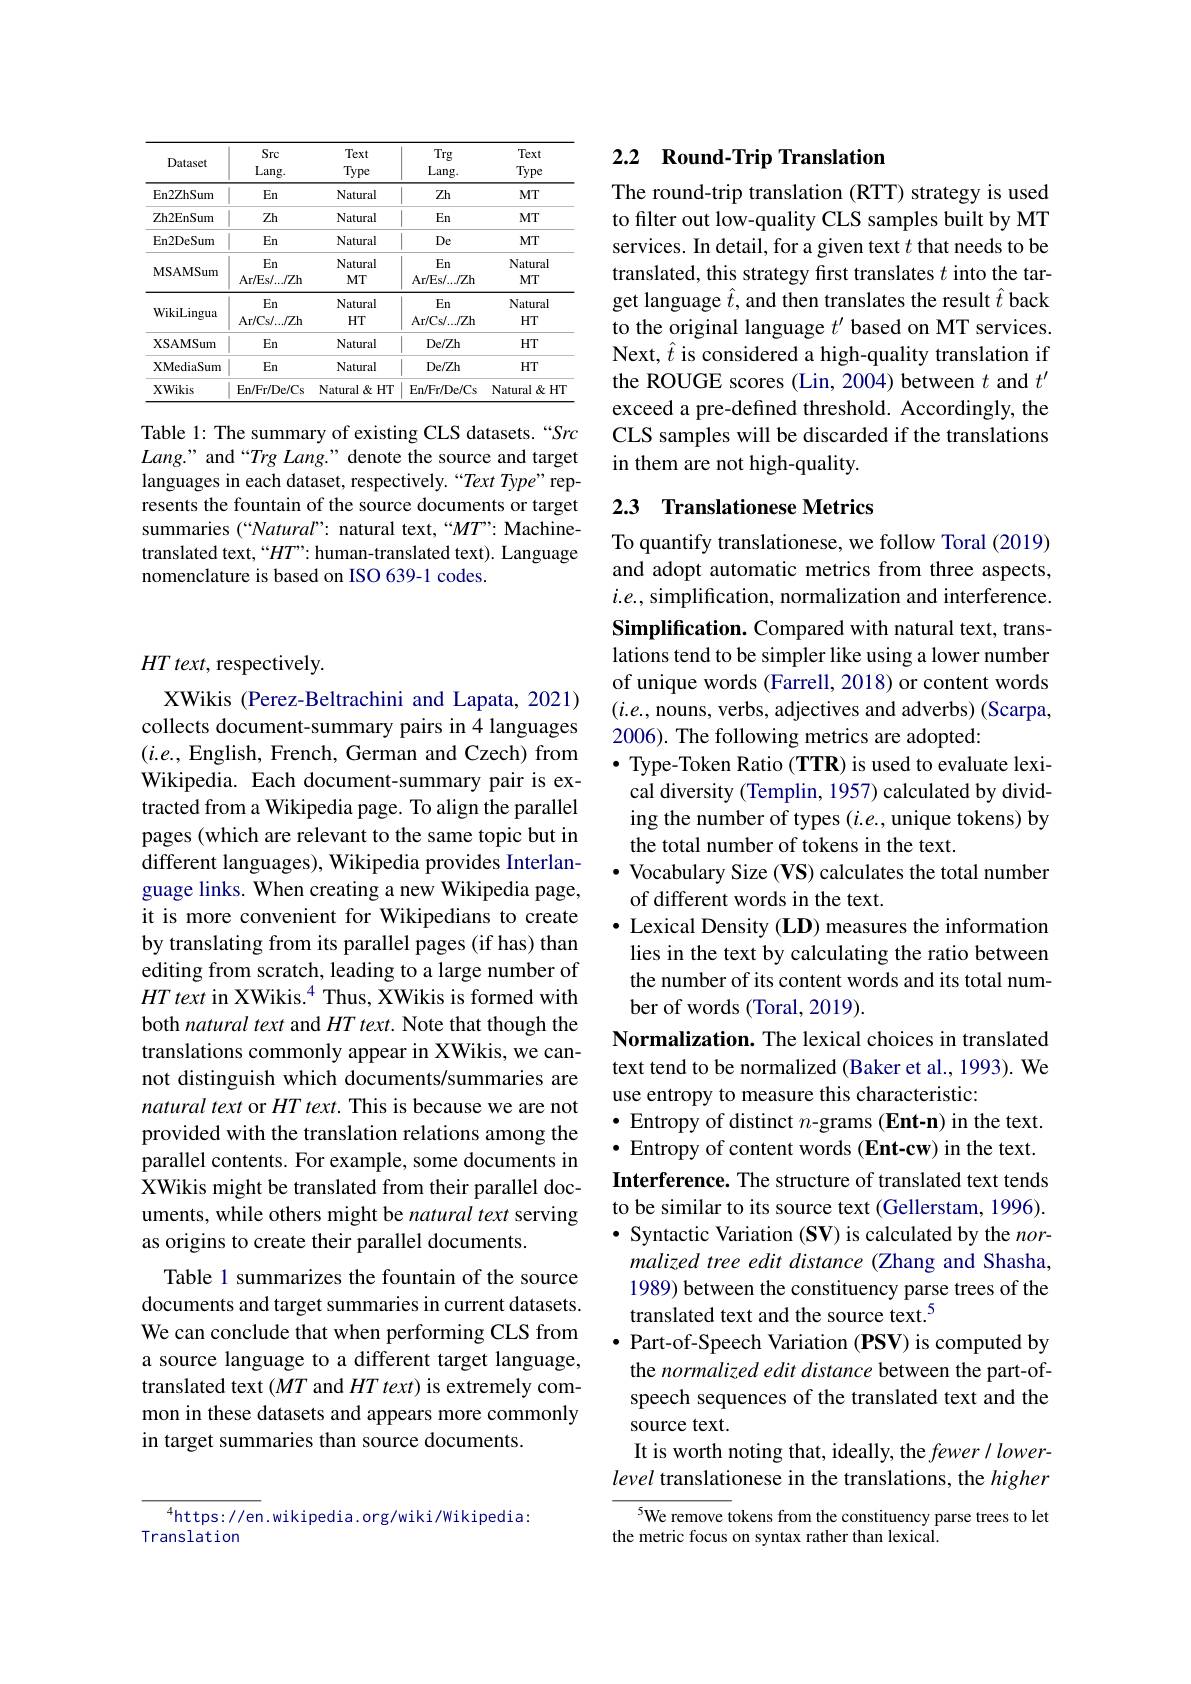
<table>
	<tbody>
		<tr>
			<th>Dataset</th>
			<th>Src Lang. </th>
			<th>Text Type</th>
			<th>Trg Lang. </th>
			<th>Text Type</th>
		</tr>
		<tr>
			<td>En2ZhSum</td>
			<td>$En$</td>
			<td>Natural</td>
			<td>Zh</td>
			<td>$MT$</td>
		</tr>
		<tr>
			<td>Zh2EnSum</td>
			<td>Zh</td>
			<td>Natural</td>
			<td>En</td>
			<td>$MT$</td>
		</tr>
		<tr>
			<td>En2DeSum</td>
			<td>$En$</td>
			<td>Natural</td>
			<td>De</td>
			<td>$MTT$</td>
		</tr>
		<tr>
			<td>MSAMSum</td>
			<td>$En$ Ar/ Es/ . . . / Zh</td>
			<td>Natural $MT$</td>
			<td>$En$ Ar/ Es/ . . . / Zh</td>
			<td>Natural $MT$</td>
		</tr>
		<tr>
			<td>WikiLingua</td>
			<td>$En$ Ar/ Cs/ . . . / Zh</td>
			<td>Natural $HT$</td>
			<td>En Ar/ Cs/ . . / Zh</td>
			<td>Natural $HT$</td>
		</tr>
		<tr>
			<td>XSAMSum</td>
			<td>$En$</td>
			<td>Natural</td>
			<td>$De/Zh$</td>
			<td>$HT$</td>
		</tr>
		<tr>
			<td>XMediaSum</td>
			<td>$En$</td>
			<td>Natural</td>
			<td>$De/Zh$</td>
			<td>$HT$</td>
		</tr>
		<tr>
			<td>XWikis</td>
			<td>En/Fr/De/Cs</td>
			<td>Natural $l\&HT$</td>
			<td>En/Fr/De/Cs</td>
			<td>Natural $\&HT$</td>
		</tr>
	</tbody>
</table>

Table 1: The summary of existing CLS datasets.“Src $Lang.”$ and“Trg Lang.” denote the source and target languages in each dataset, respectively. “Text Type” represents the fountain of the source documents or target summaries (“Natural”: natural text,“MT”: Machinetranslated text,“HT”: human-translated text). Language nomenclature is based on ISO 639-1 codes.

$HT\textit{text, respectively}.$

XWikis (Perez-Beltrachini and Lapata, 2021) collects document-summary pairs in 4 languages $(i.e.$, English, French, German and Czech) from Wikipedia. Each document-summary pair is extracted from a Wikipedia page. To align the parallel pages (which are relevant to the same topic but in different languages), Wikipedia provides Interlanguage links. When creating a new Wikipedia page, it is more convenient for Wikipedians to create by translating from its parallel pages (if has) than editing from scratch, leading to a large number of $HT\text{ text in XWikis.}^{4}$ Thus, XWikis is formed with both natural text and $HT\textit{text. Note that though the}$ translations commonly appear in XWikis, we cannot distinguish which documents/summaries are natural text or $HT\textit{text. This is because we are not}$ provided with the translation relations among the parallel contents. For example, some documents in XWikis might be translated from their parallel documents, while others might be natural text serving as origins to create their parallel documents.
Table 1 summarizes the fountain of the source documents and target summaries in current datasets. We can conclude that when performing CLS from a source language to a different target language, translated text $(MT$ and $HT\textit{text})$ is extremely common in these datasets and appears more commonly in target summaries than source documents.

$^{4}$https://en.wikipedia.org/wiki/wikipedia:
Translation

# 2.2 Round-Trip Translation

The round-trip translation (RTT) strategy is used to filter out low-quality CLS samples built by MT services. In detail, for a given text $t$ that needs to be translated, this strategy first translates $t$ into the target language $\hat{t}$, and then translates the result $\hat{t}$ back to the original language $t^{\prime}$ based on MT services. Next, $\hat{t}$ is considered a high-quality translation if the ROUGE scores (Lin, 2004) between $t$ and $t^{\prime}$ exceed a pre-defined threshold. Accordingly, the CLS samples will be discarded if the translations in them are not high-quality.

## 2.3 Translationese Metrics

To quantify translationese, we follow Toral (2019) and adopt automatic metrics from three aspects, $i.e.$, simplification, normalization and interference. Simplification. Compared with natural text, translations tend to be simpler like using a lower number of unique words (Farrell, 2018) or content words $(i.e.$, nouns, verbs, adjectives and adverbs) (Scarpa, 2006). The following metrics are adopted:
$\bullet$ Type-Token Ratio (TTR) is used to evaluate lexical diversity (Templin, 1957) calculated by dividing the number of types $(i.e.$, unique tokens) by the total number of tokens in the text.
$\cdot$ Vocabulary Size (VS) calculates the total number
of different words in the text.
$\bullet$ Lexical Density (LD) measures the information lies in the text by calculating the ratio between the number of its content words and its total number of words (Toral, 2019).
Normalization. The lexical choices in translated text tend to be normalized (Baker et al., 1993). We use entropy to measure this characteristic:
· Entropy of distinct $n$-grams (Ent-n) in the text. $\bullet$ Entropy of content words (Ent-cw) in the text. Interference. The structure of translated text tends to be similar to its source text (Gellerstam, 1996). $\bullet$ Syntactic Variation (SV) is calculated by the $nor-$
malized tree edit distance (Zhang and Shasha, 1989) between the constituency parse trees of the translated text and the source text.$^{5}$
$\bullet$ Part-of-Speech Variation (PSV) is computed by the normalized edit distance between the part-ofspeech sequences of the translated text and the source text.
It is worth noting that, ideally, the fewer/ lowerlevel translationese in the translations, the higher

$^{5}$We remove tokens from the constituency parse trees to let

the metric focus on syntax rather than lexical.